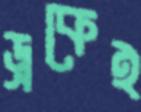
ড্রকেই